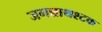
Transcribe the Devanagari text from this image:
जगन्नाथश्टक